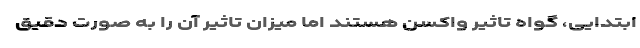
ابتدایی، گواه تاثیر واکسن هستند اما میزان تاثیر آن را به صورت دقیق